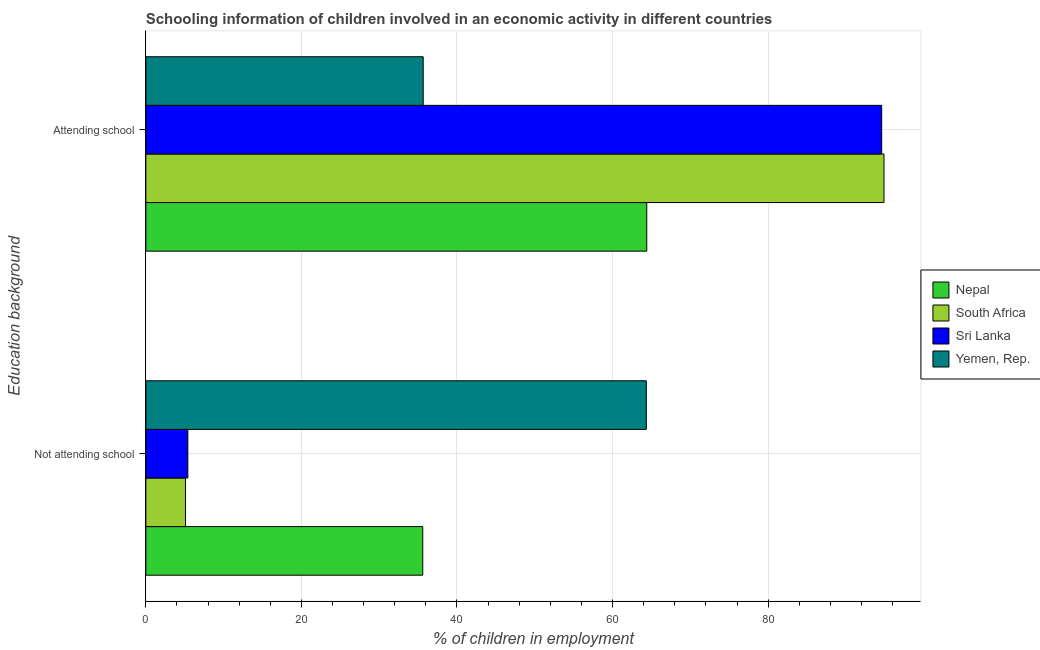
| Education background | Nepal | South Africa | Sri Lanka | Yemen, Rep. |
 | --- | --- | --- | --- | --- |
 | Not attending school | 35.6 | 5.1 | 5.4 | 64.3 |
 | Attending school | 64.4 | 94.9 | 94.6 | 35.7 |